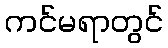
ကင်မရာတွင်